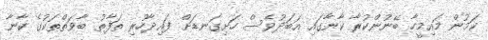
ކަމުން މައިމީހާ ބޭނުންކުރާ ކާނާގައި އަބަދުވެސް ހަށިގަނޑަށް ފައިދާހުރި ތަފާތު ބާވަތްތަކުގެ ކާނާ